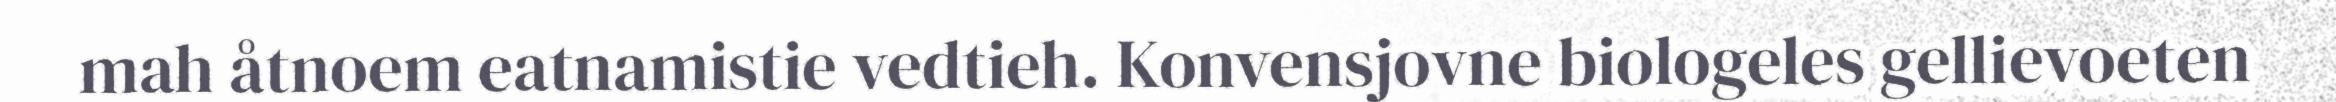
mah åtnoem eatnamistie vedtieh. Konvensjovne biologeles gellievoeten